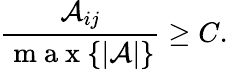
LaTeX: \frac{\mathcal{A}_{ij}}{\mathrm{~m~a~x~}\{ |\mathcal{A}|\} }\geq C.